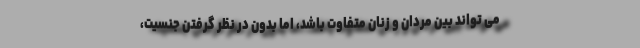
می تواند بین مردان و زنان متفاوت باشد، اما بدون در نظر گرفتن جنسیت،